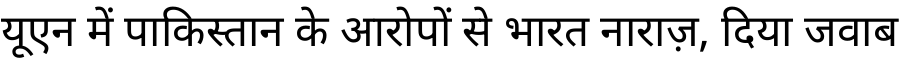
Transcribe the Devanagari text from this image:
यूएन में पाकिस्तान के आरोपों से भारत नाराज़, दिया जवाब